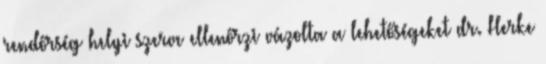
rendőrség helyi szerve ellenőrzi vázolta a lehetőségeket dr. Herke